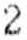
2